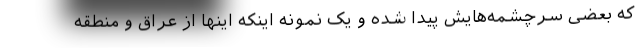
که بعضی سرچشمه‌هایش پیدا شده و یک نمونه اینکه اینها از عراق و منطقه